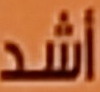
أشد